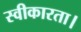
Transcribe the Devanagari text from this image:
स्वीकारता।